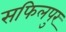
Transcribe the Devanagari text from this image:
सफिलपुर